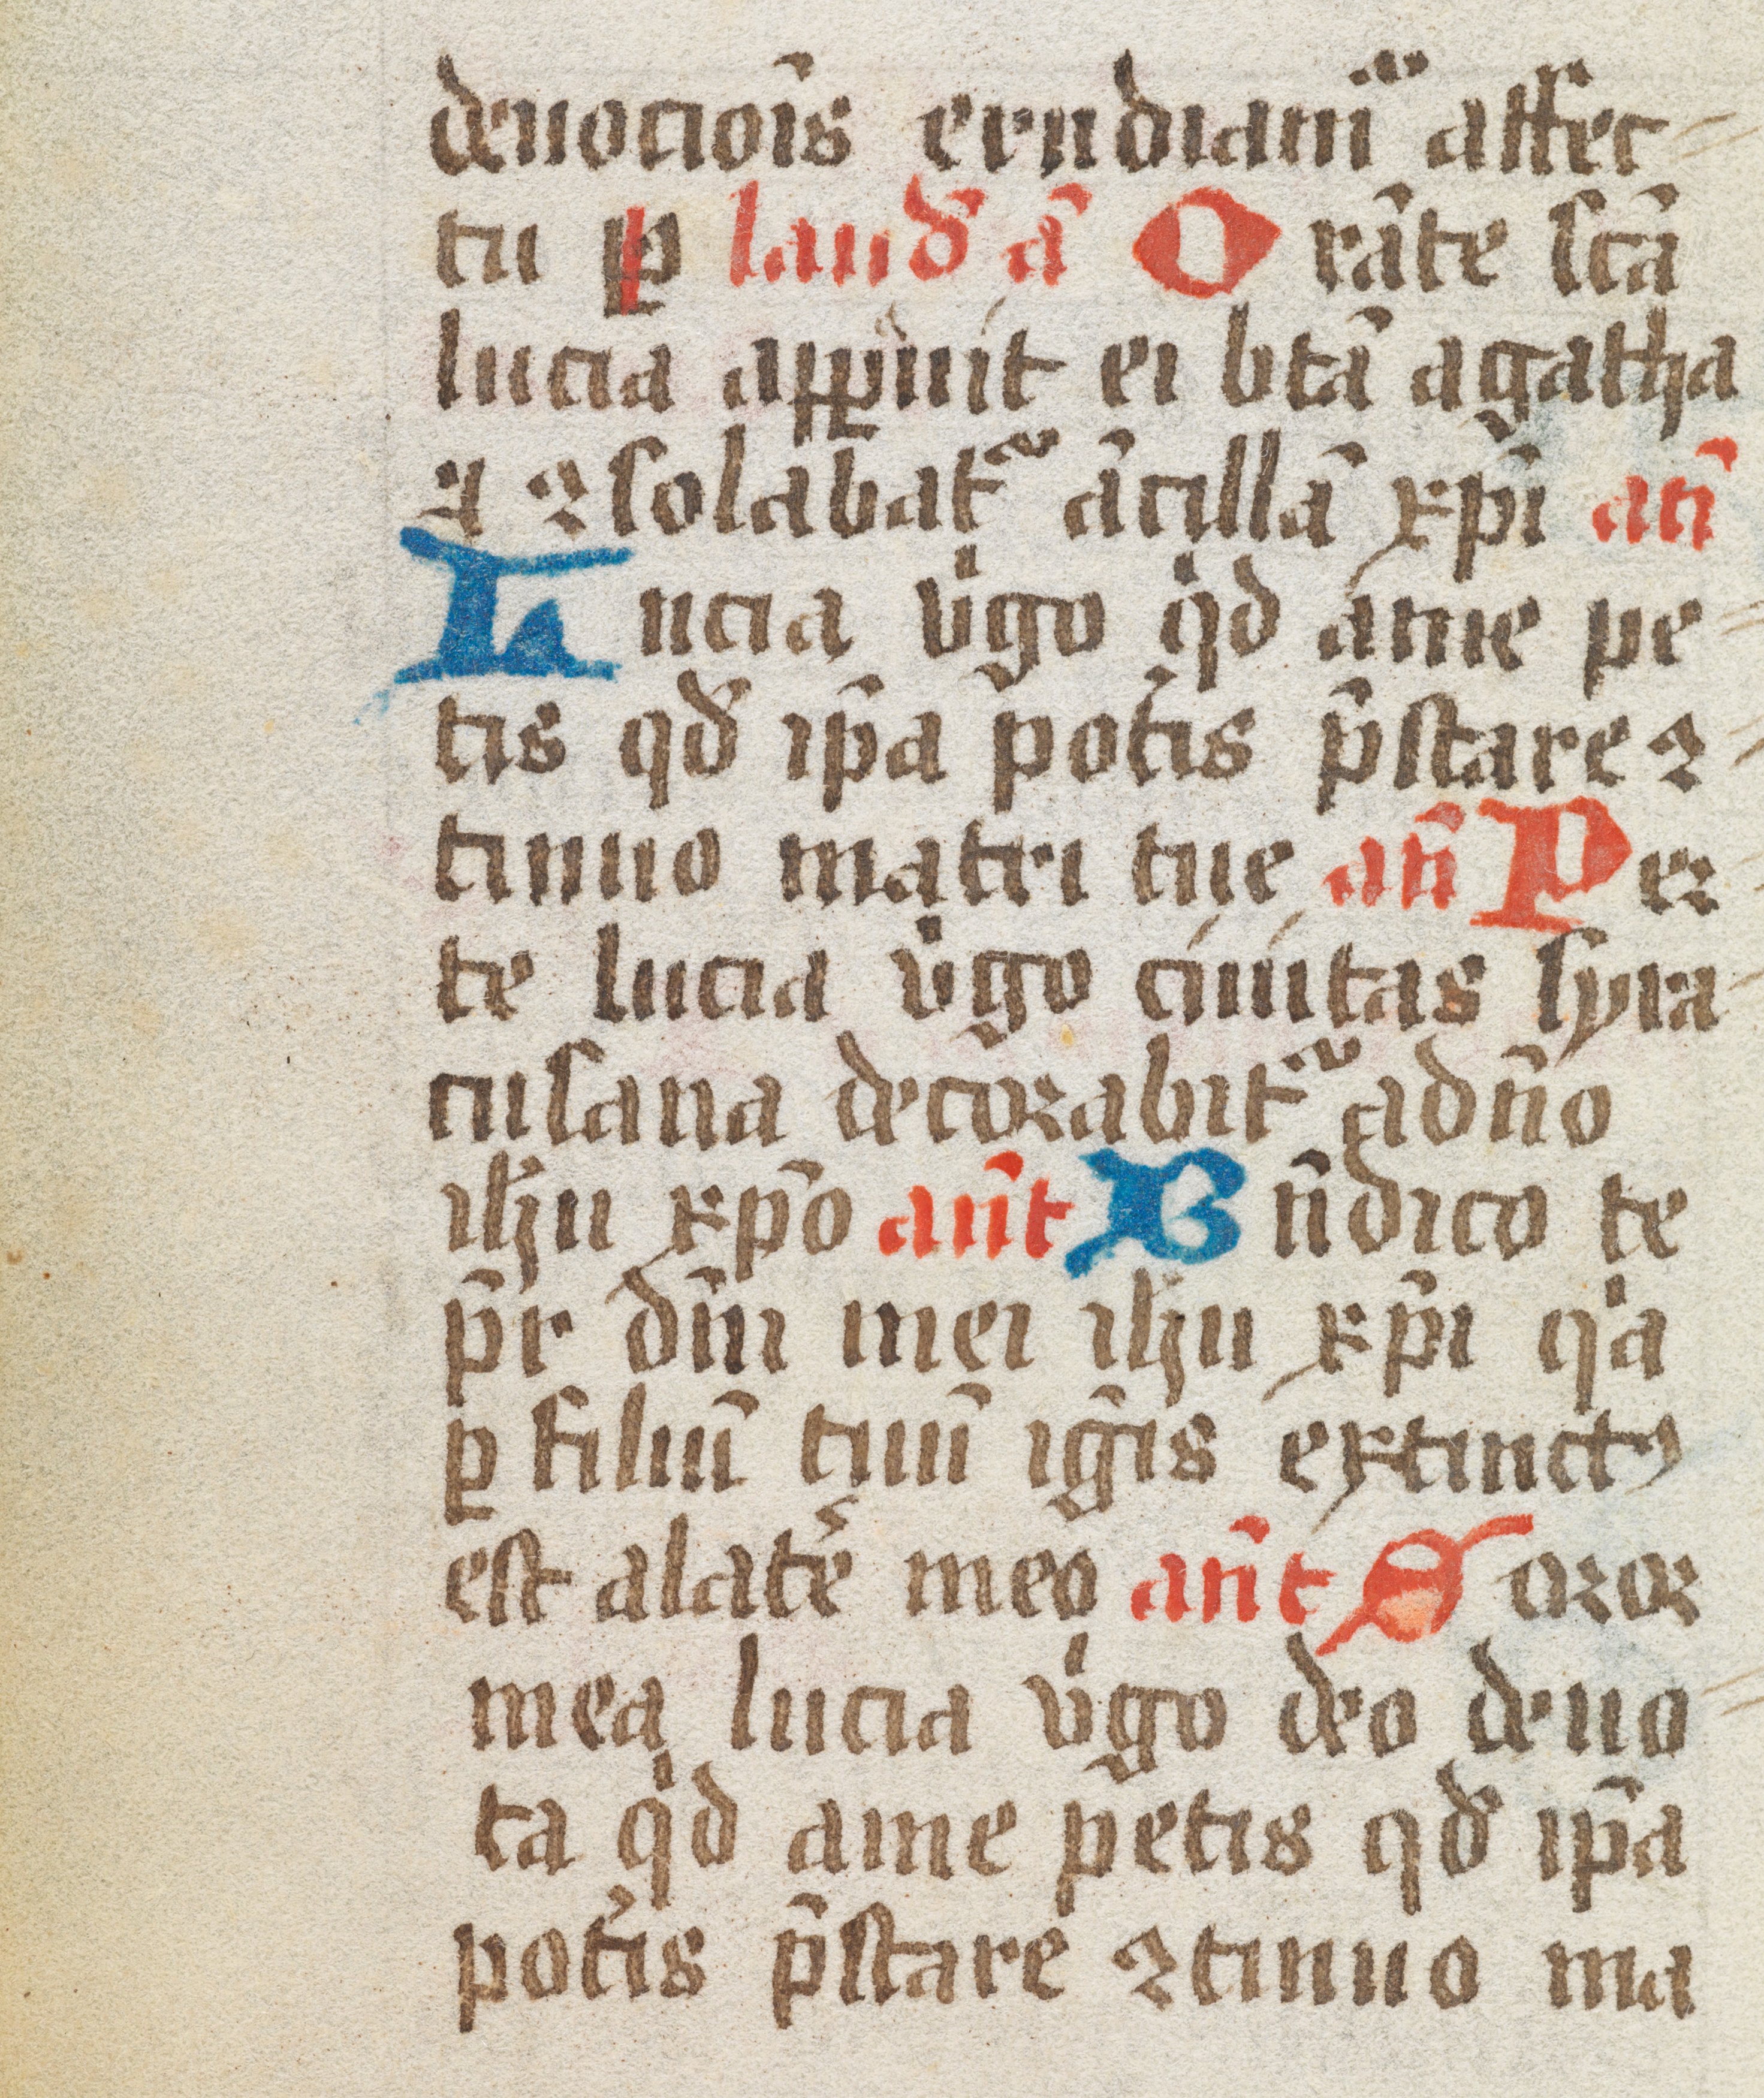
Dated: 1461–1499